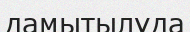
дамытылуда